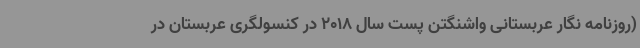
(روزنامه نگار عربستانی واشنگتن پست سال 2018 در کنسولگری عربستان در